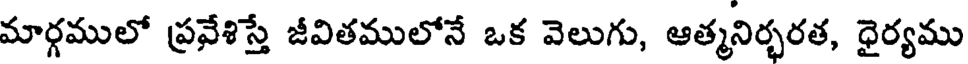
మార్గములో ప్రవేశిస్తే జీవితములోనే ఒక వెలుగు, ఆత్మనిర్భరత, ధైర్యము